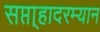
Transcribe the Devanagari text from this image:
सप्ता्हादरम्यान